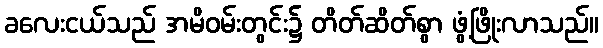
ခလေးငယ်သည် အမိဝမ်းတွင်း၌ တိတ်ဆိတ်စွာ ဖွံ့ဖြိုးလာသည်။